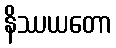
နိဿယတော